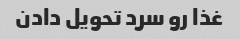
غذا رو سرد تحویل دادن